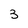
Character: 3